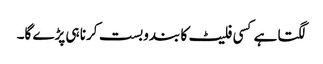
لگتا ہے کسی فلیٹ کا بندوبست کرنا ہی پڑے گا۔